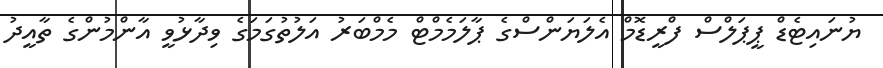
ޔުނައިޓެޑް ޕީޕަލްސް ފްރީޑޮމް އެލަޔަންސްގެ ޕާލަމެމްޓް މެމްބަރު އަލުތުގަމަގެ ވިދާޅުވީ އާންމުންގެ ތާއީދު